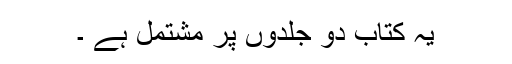
یہ کتاب دو جلدوں پر مشتمل ہے ۔